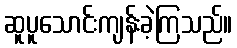
ဆူပူသောင်းကျန်းခဲ့ကြသည်။